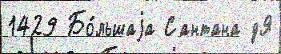
1429 Бо́льшаjа Сантана дЯ